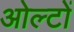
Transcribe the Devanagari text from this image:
ओल्टों